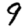
Digit: 9